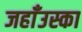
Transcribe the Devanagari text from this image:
जहाँउस्का